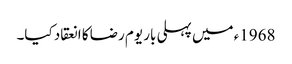
1968ء میں پہلی بار یوم رضا کا انعقاد کیا۔